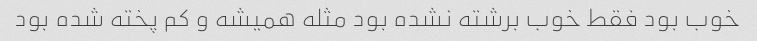
خوب بود فقط خوب برشته نشده بود مثله همیشه و کم پخته شده بود